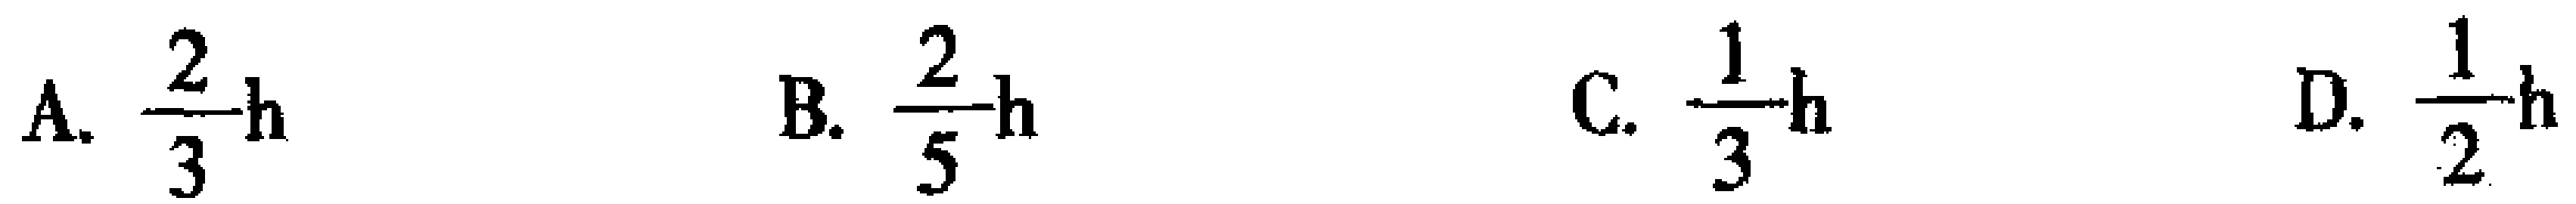
A. $\frac{2}{3}\text{h}$  B. $\frac{2}{5}\text{h}$  C. $\frac{1}{3}\text{h}$  D. $\frac{1}{2}\text{h}$